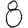
Digit: 8